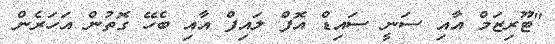
"ޓޫރިޒަމް އާއި ސަނީ ސައިޑް އޮފް ލައިފް އާއި ބެހޭ ގޮތުން އަހަރެން